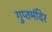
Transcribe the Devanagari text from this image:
गुप्तमंदिर